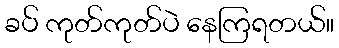
ခပ် ကုတ်ကုတ်ပဲ နေကြရတယ်။